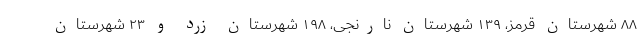
۸۸ شهرستان قرمز، ۱۳۹ شهرستان نارنجی، ۱۹۸ شهرستان زرد و ۲۳ شهرستان